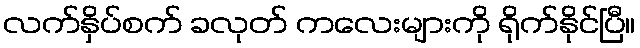
လက်နှိပ်စက် ခလုတ် ကလေးများကို ရိုက်နိုင်ပြီ။